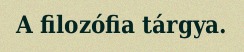
A filozófia tárgya.